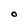
Character: O